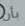
بأن